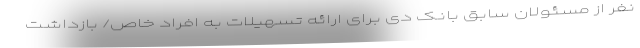
نفر از مسئولان سابق بانک دی برای ارائه تسهیلات به افراد خاص/ بازداشت